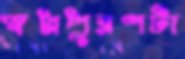
স্বপ্নপূরণটা